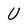
Character: U